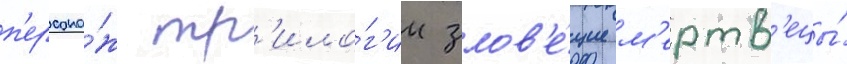
п'ерсона́ж тр'ило́г'ии злов'е́щие м'ертв'ецы́